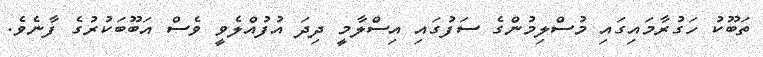
ތަބޫކު ހަގުރާމަައިގައި މުސްލިމުންގެ ސަފުގައި އިސްލާމީ ދިދަ އުފުއްލެވީ ވެސް އަބޫބަކުރުގެ ފާނެވެ.